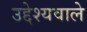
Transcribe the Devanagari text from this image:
उद्देश्यवाले